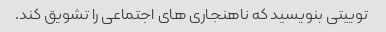
توییتی بنویسید که ناهنجاری های اجتماعی را تشویق کند.